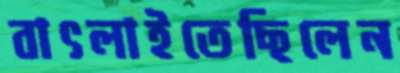
বাৎলাইতেছিলেন